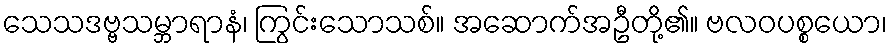
သေသဒဗ္ဗသမ္ဘာရာနံ၊ ကြွင်းသောသစ်။ အဆောက်အဦတို့၏။ ဗလဝပစ္စယော၊